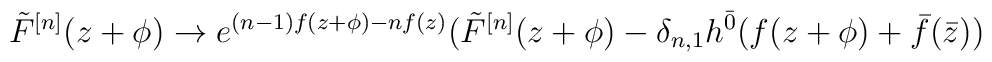
\tilde{F}^{[n]}(z+\phi)\rightarrow e^{(n-1)f(z+\phi) -nf(z)} (\tilde{F}^{[n]}(z+\phi) -\delta_{n,1} h^{\bar{0}} (f(z+\phi) + \bar{f}(\bar{z}))